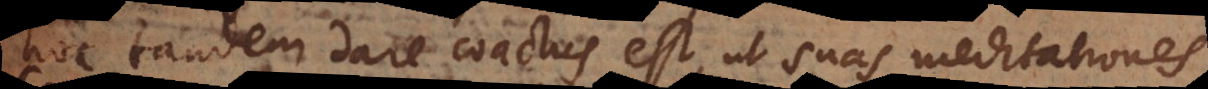
hoc tandem dare coactus est, ut suas Meditationes